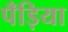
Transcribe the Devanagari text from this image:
पँड़िया